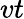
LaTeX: vt